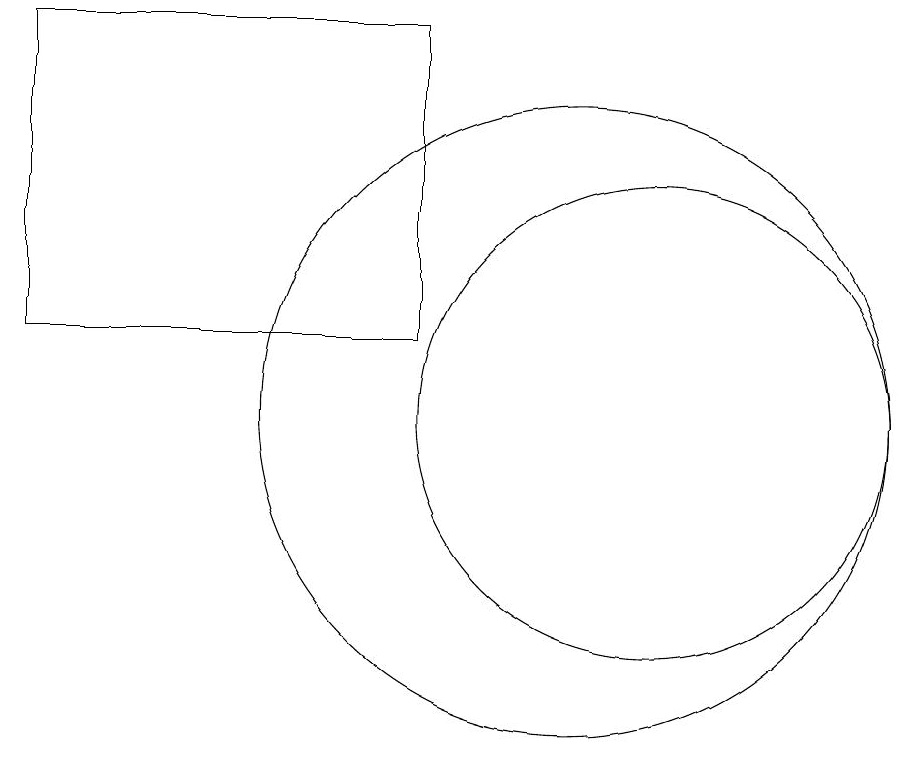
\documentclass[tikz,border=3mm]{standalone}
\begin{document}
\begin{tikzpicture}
\draw (11,11) circle (3);
\draw (10,11) circle (4);
\draw (8,16) rectangle (3,12);
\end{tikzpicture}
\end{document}